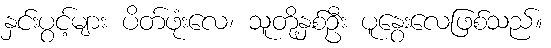
နှင်းပွင့်များ ပိတ်ဖုံးလေ၊ သူတို့နှစ်ဦး ပူနွေးလေဖြစ်သည်။